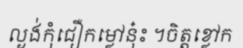
ល្ងង់កុំជឿកម្លៅនុ៎ះ ។ចិត្តខ្លៅក